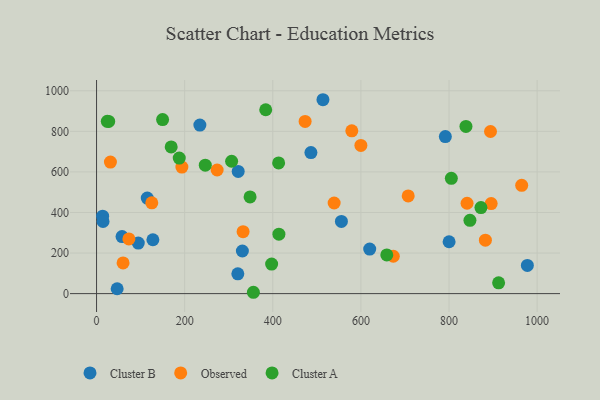
{"axis": {"x": "Ad Spend", "y": "Yield"}, "legend": ["Cluster A", "Cluster B", "Observed"], "data": [{"x": "555.8", "y": 355.8, "type": "Cluster B"}, {"x": "620.0", "y": 219.7, "type": "Cluster B"}, {"x": "234.5", "y": 830.8, "type": "Cluster B"}, {"x": "94.7", "y": 249.4, "type": "Cluster B"}, {"x": "800.2", "y": 255.6, "type": "Cluster B"}, {"x": "127.9", "y": 265.6, "type": "Cluster B"}, {"x": "486.6", "y": 695.4, "type": "Cluster B"}, {"x": "977.9", "y": 138.9, "type": "Cluster B"}, {"x": "513.9", "y": 955.9, "type": "Cluster B"}, {"x": "320.7", "y": 97.4, "type": "Cluster B"}, {"x": "115.1", "y": 471.1, "type": "Cluster B"}, {"x": "57.9", "y": 281.1, "type": "Cluster B"}, {"x": "46.8", "y": 23.9, "type": "Cluster B"}, {"x": "331.0", "y": 210.0, "type": "Cluster B"}, {"x": "791.7", "y": 774.2, "type": "Cluster B"}, {"x": "13.8", "y": 381.7, "type": "Cluster B"}, {"x": "321.5", "y": 602.2, "type": "Cluster B"}, {"x": "14.7", "y": 355.5, "type": "Cluster B"}, {"x": "31.5", "y": 648.6, "type": "Observed"}, {"x": "965.0", "y": 533.8, "type": "Observed"}, {"x": "707.4", "y": 481.7, "type": "Observed"}, {"x": "60.2", "y": 151.1, "type": "Observed"}, {"x": "332.6", "y": 305.6, "type": "Observed"}, {"x": "895.7", "y": 444.1, "type": "Observed"}, {"x": "539.3", "y": 446.8, "type": "Observed"}, {"x": "841.0", "y": 445.4, "type": "Observed"}, {"x": "882.6", "y": 263.3, "type": "Observed"}, {"x": "473.4", "y": 848.9, "type": "Observed"}, {"x": "894.2", "y": 799.2, "type": "Observed"}, {"x": "73.4", "y": 269.5, "type": "Observed"}, {"x": "579.4", "y": 802.4, "type": "Observed"}, {"x": "125.4", "y": 447.5, "type": "Observed"}, {"x": "193.7", "y": 624.1, "type": "Observed"}, {"x": "273.7", "y": 609.4, "type": "Observed"}, {"x": "673.6", "y": 184.2, "type": "Observed"}, {"x": "600.0", "y": 730.4, "type": "Observed"}, {"x": "413.3", "y": 644.3, "type": "Cluster A"}, {"x": "805.3", "y": 568.3, "type": "Cluster A"}, {"x": "27.6", "y": 848.7, "type": "Cluster A"}, {"x": "169.4", "y": 723.0, "type": "Cluster A"}, {"x": "384.0", "y": 906.4, "type": "Cluster A"}, {"x": "658.8", "y": 190.9, "type": "Cluster A"}, {"x": "838.5", "y": 824.5, "type": "Cluster A"}, {"x": "246.8", "y": 633.4, "type": "Cluster A"}, {"x": "24.4", "y": 849.2, "type": "Cluster A"}, {"x": "149.9", "y": 857.9, "type": "Cluster A"}, {"x": "306.6", "y": 652.5, "type": "Cluster A"}, {"x": "872.5", "y": 424.2, "type": "Cluster A"}, {"x": "847.5", "y": 361.2, "type": "Cluster A"}, {"x": "187.7", "y": 668.1, "type": "Cluster A"}, {"x": "912.6", "y": 53.0, "type": "Cluster A"}, {"x": "356.0", "y": 6.6, "type": "Cluster A"}, {"x": "413.9", "y": 292.8, "type": "Cluster A"}, {"x": "348.5", "y": 476.6, "type": "Cluster A"}, {"x": "397.4", "y": 145.8, "type": "Cluster A"}]}